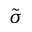
\tilde { \sigma }